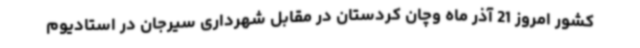
کشور امروز 21 آذر ماه وچان کردستان در مقابل شهرداری سیرجان در استادیوم